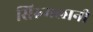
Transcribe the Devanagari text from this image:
सिरुमलानी